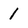
Character: 1